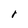
Character: r